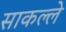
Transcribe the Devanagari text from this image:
साकल्ले